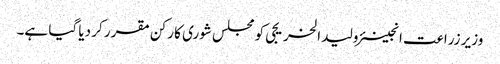
وزیر زراعت انجینئر ولید الخریجی کو مجلس شوری کا رکن مقرر کر دیا گیا ہے۔